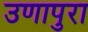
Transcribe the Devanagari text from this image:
उणापुरा